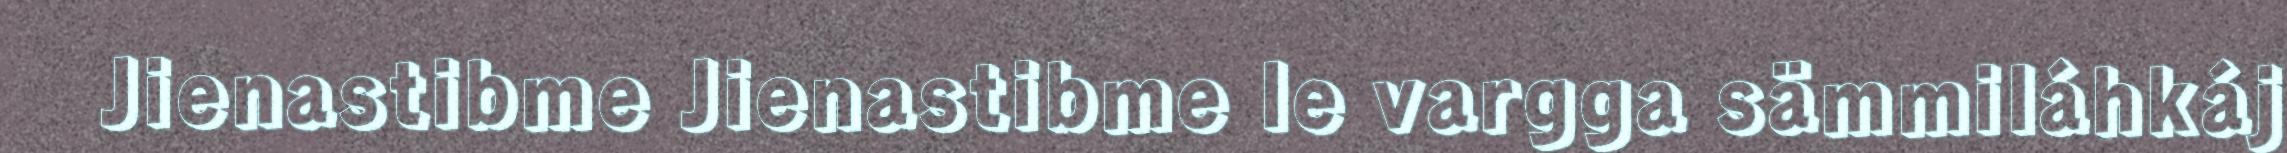
Jienastibme Jienastibme le vargga sämmiláhkáj